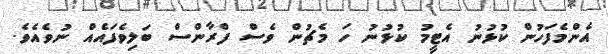
އެންމެފަހުން ކުޅުނު އެޓީމު ކުޅުނު ހަ މެޗުން ވެސް ފްރާންސް ބަލިވެފައެއް ނުވެއެވެ.